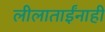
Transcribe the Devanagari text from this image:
लीलाताईंनाही